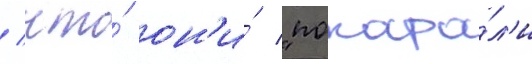
/ что́ он'и́ "покара́л'и